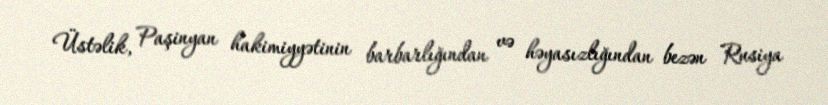
Üstəlik, Paşinyan hakimiyyətinin barbarlığından və həyasızlığından bezən Rusiya